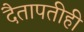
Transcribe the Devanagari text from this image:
दैतापतीही